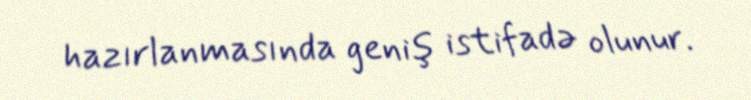
hazırlanmasında geniş istifadə olunur.